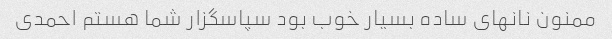
ممنون نانهای ساده بسیار خوب بود سپاسگزار شما هستم احمدی